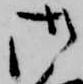
御